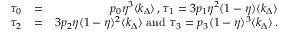
\begin{array} { r l r } { \tau _ { 0 } } & { = } & { p _ { 0 } \eta ^ { 3 } \langle k _ { \Delta } \rangle \, , \tau _ { 1 } = 3 p _ { 1 } \eta ^ { 2 } ( 1 - \eta ) \langle k _ { \Delta } \rangle } \\ { \tau _ { 2 } } & { = } & { 3 p _ { 2 } \eta ( 1 - \eta ) ^ { 2 } \langle k _ { \Delta } \rangle \mathrm { ~ a n d ~ } \tau _ { 3 } = p _ { 3 } ( 1 - \eta ) ^ { 3 } \langle k _ { \Delta } \rangle \, . } \end{array}